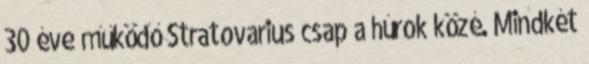
30 éve működő Stratovarius csap a húrok közé. Mindkét